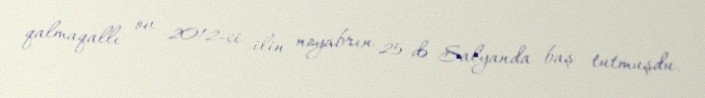
qalmaqallı ov 2012-ci ilin noyabrın 25-də Salyanda baş tutmuşdu.